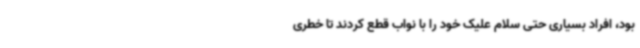
بود، افراد بسیاری حتی سلام علیک خود را با نواب قطع کردند تا خطری